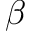
\beta